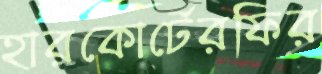
হারকোর্টেরফির